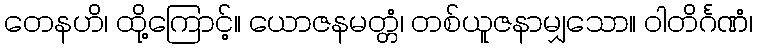
တေနဟိ၊ ထို့ကြောင့်။ ယောဇနမတ္တံ၊ တစ်ယူဇနာမျှသော။ ဝါတိင်္ဂဏံ၊